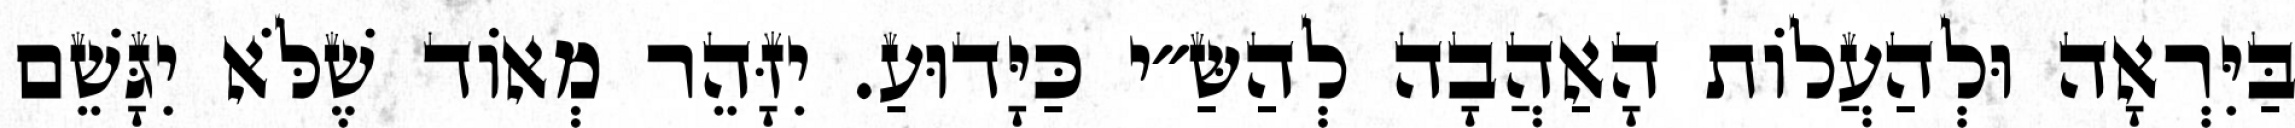
בַּיִּרְאָה וּלְהַעֲלוֹת הָאַהֲבָה לְהַשַּ״י כַּיָּדוּעַ. יִזָּהֵר מְאוֹד שֶׁלֹּא יִגָּשֵׁם